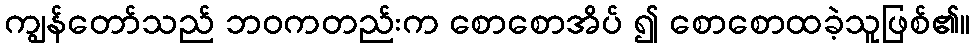
ကျွန်တော်သည် ဘဝကတည်းက စောစောအိပ် ၍ စောစောထခဲ့သူဖြစ်၏။